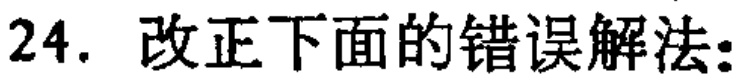
24. 改正下面的错误解法: